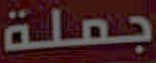
جملة